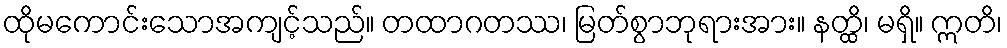
ထိုမကောင်းသောအကျင့်သည်။ တထာဂတဿ၊ မြတ်စွာဘုရားအား။ နတ္ထိ၊ မရှိ။ ဣတိ၊